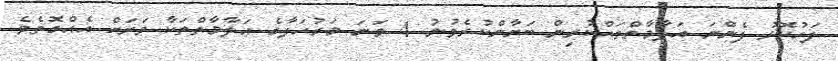
ފަހުކޮޅު ފެންނަ އަލާމާތްތައްކުރިން ބަޔާންކުރެވުނު 4 ވަނަ މަރުހަލާގެ ޢަލާމާތްތަކާ ވަރަށް އެއްގޮތެވެ.